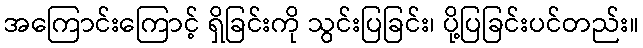
အကြောင်းကြောင့် ရှိခြင်းကို သွင်းပြခြင်း၊ ပို့ပြခြင်းပင်တည်း။